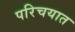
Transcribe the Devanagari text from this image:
परिचयात